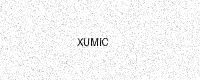
Text: XUMIC